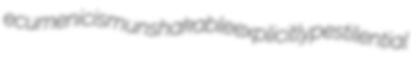
ecumenicism unshakable explicitly pestilential